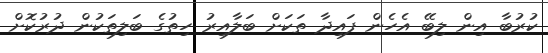
ކުރުބާ އިން ލިބޭ އެހެން ފައިދާ ތަކަށް ބަލާއިރު ހިތުގެ ބަލިތަކުން ދުރުކޮށް